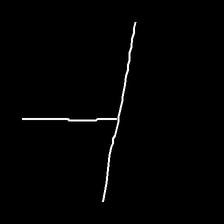
Glyph: column